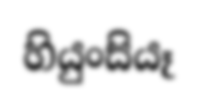
හියුංසියෑ